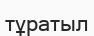
тұратыл